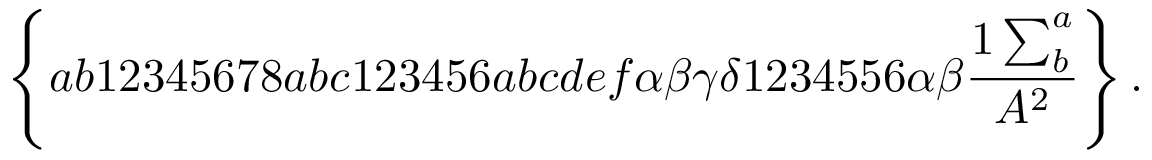
\left\{ a b 1 2 3 4 5 6 7 8 a b c 1 2 3 4 5 6 a b c d e f \alpha \beta \gamma \delta 1 2 3 4 5 5 6 \alpha \beta \frac { 1 \sum _ { b } ^ { a } } { A ^ { 2 } } \right\} .